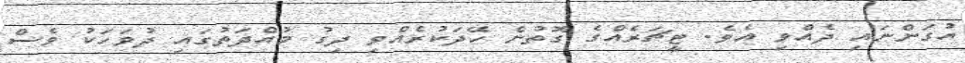
އުގަންނައި ދެއްވި އެވެ. ޓީޗަރެއްގެ ގޮތުން ހޭދަކުރެއްވި ދިގު މުއްދަތުގައި ދުވަހަކު ވެސް